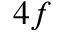
4 f